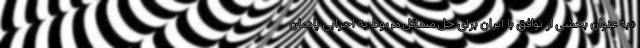
«به عنوان بخشی از توافق با ایران برای حل مسائل مربوط به اجرایی پادمان